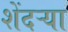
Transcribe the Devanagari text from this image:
शेंदऱ्या